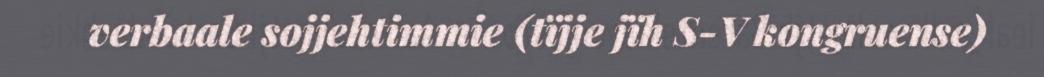
verbaale sojjehtimmie (tïjje jïh S-V kongruense)